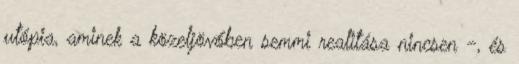
utópia, aminek a közeljövőben semmi realitása nin­csen -, és